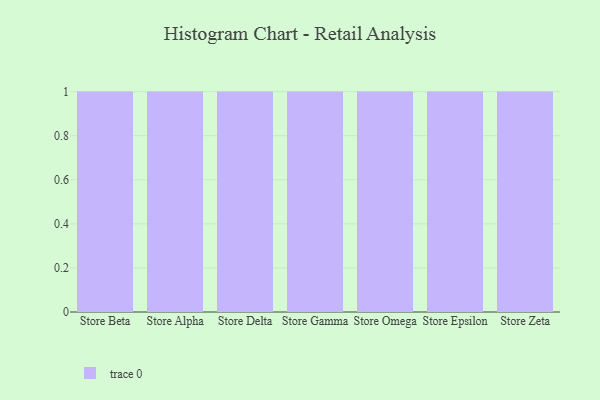
{"axis": {"x": "Store", "y": "Humidity (%)"}, "legend": [""], "data": [{"x": "Store Beta", "y": 45, "type": ""}, {"x": "Store Alpha", "y": 50, "type": ""}, {"x": "Store Delta", "y": 10, "type": ""}, {"x": "Store Gamma", "y": 28, "type": ""}, {"x": "Store Omega", "y": 21, "type": ""}, {"x": "Store Epsilon", "y": 81, "type": ""}, {"x": "Store Zeta", "y": 91, "type": ""}]}